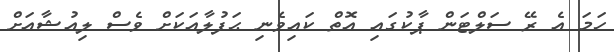
ހަމަ އެ ރޭ ސަލްޓަން ޕާކުގައި އޮތް ކައިވެނި ޙަފުލާއަކަށް ވެސް ލިއުޝާއަށް